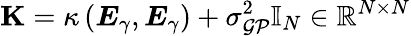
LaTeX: \mathbf{K}=\kappa\left(\boldsymbol{E}_{\gamma},\boldsymbol{E}_{\gamma}\right)+\sigma_{\mathcal{GP}}^{2}\mathbb{I}_{N}\in\mathbb{R}^{N\times N}